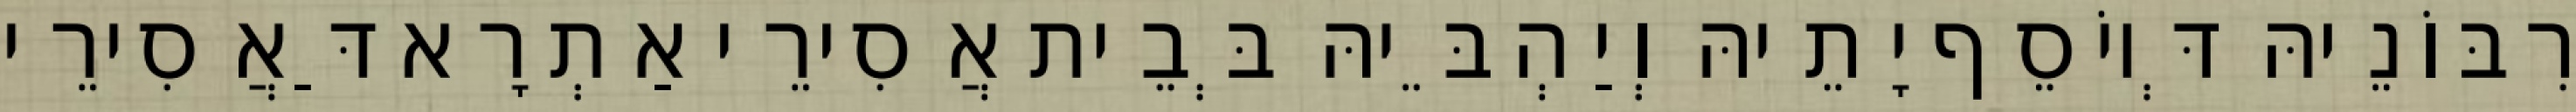
רִבּוֹנֵיהּ דְּיוֹסֵף יָתֵיהּ וְיַהְבֵּיהּ בְּבֵית אֲסִירֵי אַתְרָא דַּאֲסִירֵי